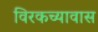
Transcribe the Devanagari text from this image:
विरकच्यावास